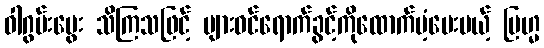
ဝါဂွမ်းမွေး သိကြသဖြင့် များဝင်ရောက်ခွင့်ကိုထောက်ပံ့ပေးမယ့် ဗြဟ္မ